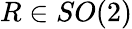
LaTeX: R\in SO(2)